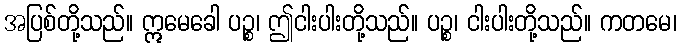
အပြစ်တို့သည်။ ဣမေခေါ ပဉ္စ၊ ဤငါးပါးတို့သည်။ ပဉ္စ၊ ငါးပါးတို့သည်။ ကတမေ၊